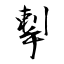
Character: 揧